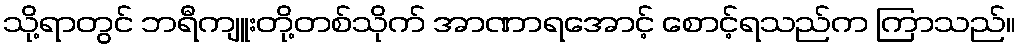
သို့ရာတွင် ဘရီကျူးတို့တစ်သိုက် အာဏာရအောင့် စောင့်ရသည်က ကြာသည်။